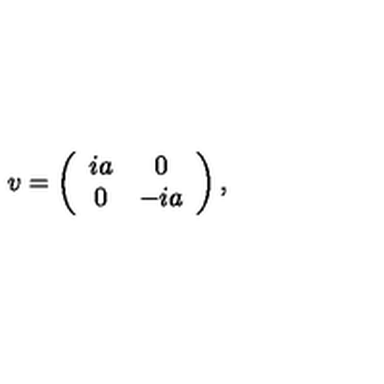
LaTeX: v = \left( \begin{array} { c c } { i a } & { 0 } \\ { 0 } & { - i a } \\ \end{array} \right) ,